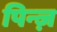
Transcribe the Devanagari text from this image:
पिन्ज़